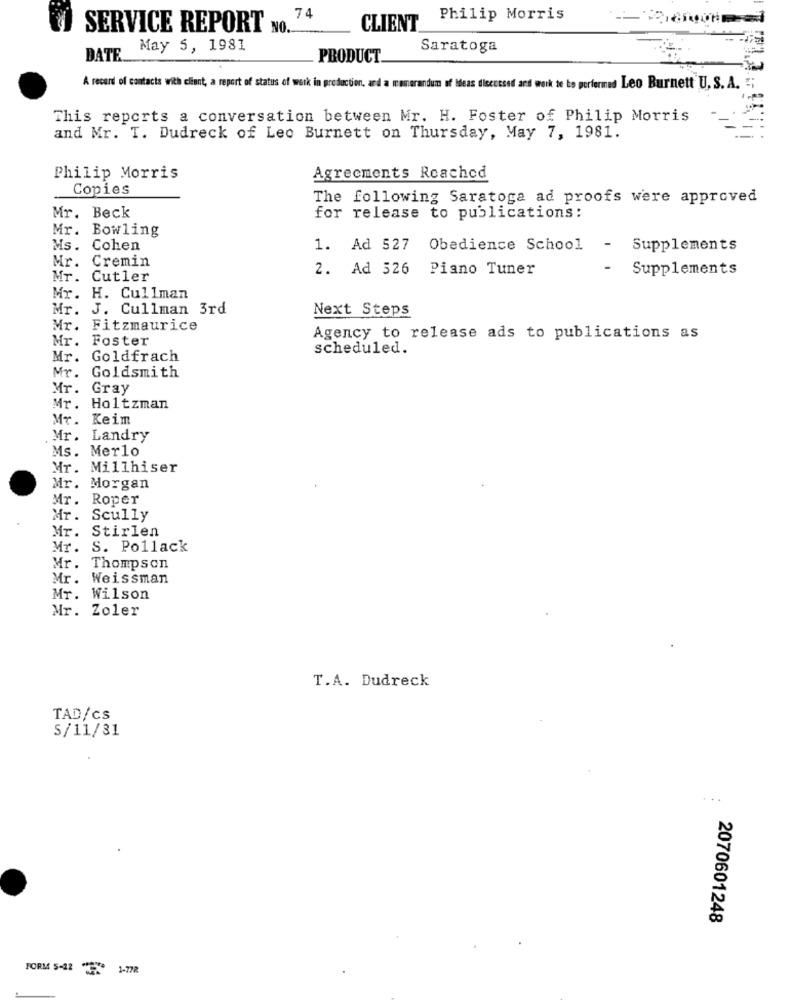
74
Philip Morris
SERVICE REPORT NO.
CLIENT
May 5, 1981
Saratoga
DATE
PRODUCT
A record of contacts with client, a report of status of work in production, and a memorandum of Ideas discussed and work te be performed Leo Burnett U. S. A. ;
This reports a conversation between Mr. H. Foster of Philip Morris
and Mr. T. Dudreck of Leo Burnett on Thursday, May 7, 1981.
Philip Morris
Agreements Reached
Copies
The following Saratoga ad proofs were approved
Mr. Beck
for release to publications:
Mr. Bowling
Ms. Cohen
1. Ad 527
Obedience School
- Supplements
Mr. Cremin
2. Ad 526 Piano Tuner
-
Supplements
Mr. Cutler
Mr. H. Cullman
Mr. J. Cullman 3rd
Next Steps
Mr.
Fitzmaurice
Mr.
Foster
Agency to release ads to publications as
scheduled.
Mr.
Goldfrach
Goldsmith
Mr.
Mr.
Gray
Mr. Holtzman
Mr. Keim
Mr. Landry
Ms. Merlo
Mr. Millhiser
Mr. Morgan
Mr. Roper
Mr. Scully
Mr. Stirlen
Mr. S. Pollack
Mr. Thompson
Mr. Weissman
Mr. Wilson
Mr. Zoler
T.A. Dudreck
TAD/cs
S/11/31
...
2070601248
FORM 5-12 " 1-778